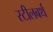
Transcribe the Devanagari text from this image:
स्टीलबर्थ